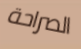
الصراحة